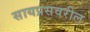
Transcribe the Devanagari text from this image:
सायप्रसवरील